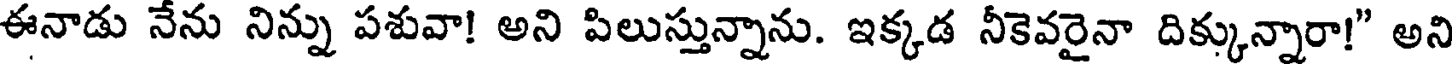
ఈనాడు నేను నిన్ను పశువా! అని పిలుస్తున్నాను. ఇక్కడ నీకెవరైనా దిక్కున్నారా!" అని